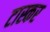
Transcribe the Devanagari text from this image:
टास्कर